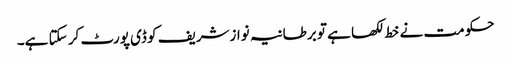
حکومت نے خط لکھا ہے تو برطانیہ نوازشریف کو ڈی پورٹ کر سکتا ہے۔